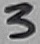
Text: 3